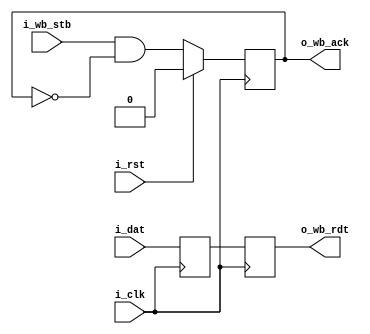
module collector_gpio
  (input wire i_clk,
   input wire i_rst,
   input wire i_dat,
   input wire i_wb_stb,
   output reg o_wb_rdt,
   output reg o_wb_ack);

   reg 	  dat_r;

   always @(posedge i_clk) begin
      o_wb_ack <= i_wb_stb & !o_wb_ack;
      dat_r <= i_dat;
      o_wb_rdt <= dat_r;
      if (i_rst)
	o_wb_ack <= 1'b0;
   end
endmodule